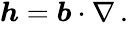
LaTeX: \begin{array}{r}{\boldsymbol{h}=\boldsymbol{b}\cdot\nabla\, .}\end{array}